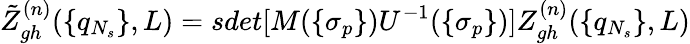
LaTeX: \tilde{Z}_{gh}^{(n)}(\{ q_{N_{s}}\} ,L)=sdet[M(\{ \sigma_{p}\} )U^{-1}(\{ \sigma_{p}\} )]Z_{gh}^{(n)}(\{ q_{N_{s}}\} ,L)